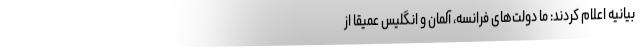
بیانیه اعلام کردند: ما دولت‌های فرانسه، آلمان و انگلیس عمیقاً از